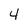
Character: 4